Civil Veterinary Dept. Assam report 1927-50 - 1927-1950
Year: 1927
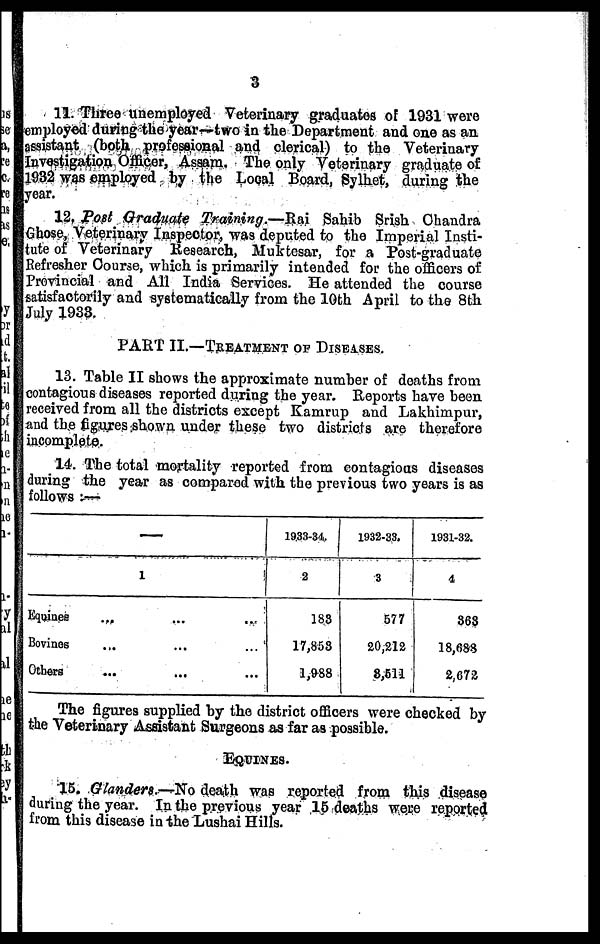
3
11. Three unemployed Veterinary graduates of 1931 were
employed during the year—two in the Department and one as an
assistant (both professional and clerical) to the Veterinary
Investigation Officer, Assam. The only Veterinary graduate of
1932 was employed by the Local Board, Sylhet, during the
year.
12. Post Graduate Training.—Rai
Sahib Srish Chandra
Ghose, Veterinary Inspector, was deputed to the Imperial Insti-
tute of Veterinary Research, Muktesar, for a Post-graduate
Refresher Course, which is primarily intended for the officers of
Provincial and All India Services. He attended the course
satisfactorily and systematically from the 10th April to the 8th
July 1933.
PART II.—TREATMENT OF DISEASES.
13. Table II shows the approximate number of deaths from
contagious diseases reported during the year. Reports have been
received from all the districts except Kamrup and Lakhimpur,
and the figures shown under these two districts are therefore
incomplete.
14. The total mortality reported from contagious diseases
during the year as compared with the previous two years is as
follows :—
—
1
Equines
... ... ...
Bovines ... ... ...
Others
...
... ...
1933-34.
2
183
17,858
1,988
1932-33.
3
577
20,212
8,611
1931-32.
4
863
18,683
2,672
The figures supplied by the district officers were checked by
the Veterinary Assistant Surgeons as far as possible.
FQUINES.
15. Glanders.—No death was reported from this disease
during the year. In the previous year 15 deaths were reported
from this disease in the Lushai Hills.